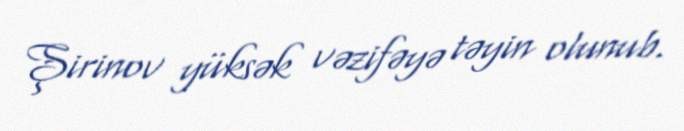
Şirinov yüksək vəzifəyə təyin olunub.